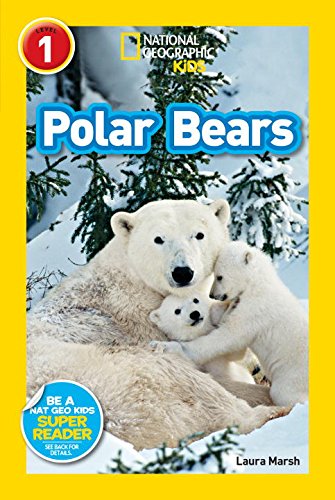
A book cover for National Geographic Readers: Polar Bears; Laura Marsh; Children's Books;